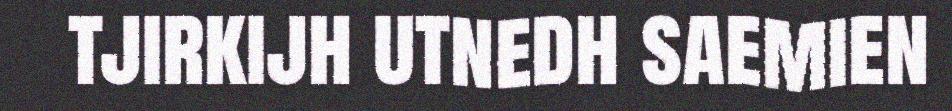
tjirkijh utnedh saemien